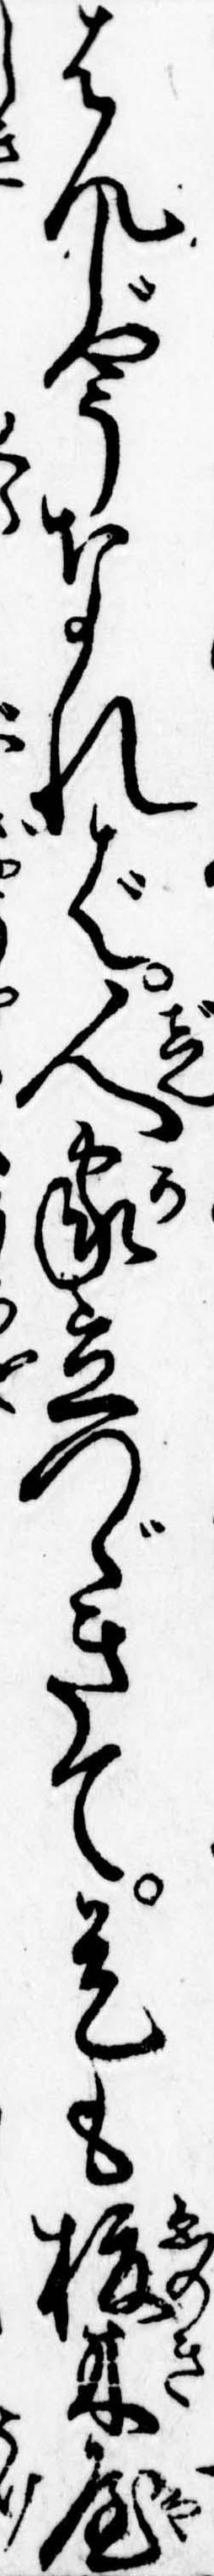
はんじやうなれば人家立つゞきて是も榎木屋